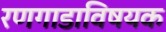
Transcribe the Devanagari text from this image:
रणगाडाविषयक